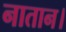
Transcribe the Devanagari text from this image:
नातान।